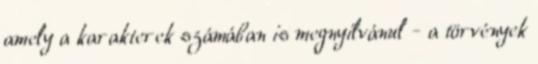
amely a karakterek számában is megnyilvánul - a törvények